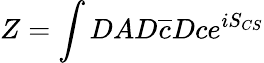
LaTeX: Z=\int DAD\overline{{{c}}}Dce^{iS_{CS}}